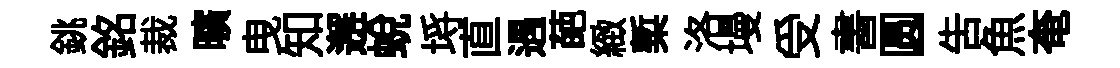
銚銘裁曠曳知邂蛻埓直遇葩緻槧洛墁受書圆告魚奄